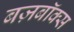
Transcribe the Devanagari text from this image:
बज़बॉक्स